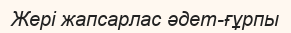
Жері жапсарлас әдет-ғұрпы